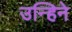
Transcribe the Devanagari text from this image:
उन्हिने